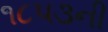
૧૮૫૩ની